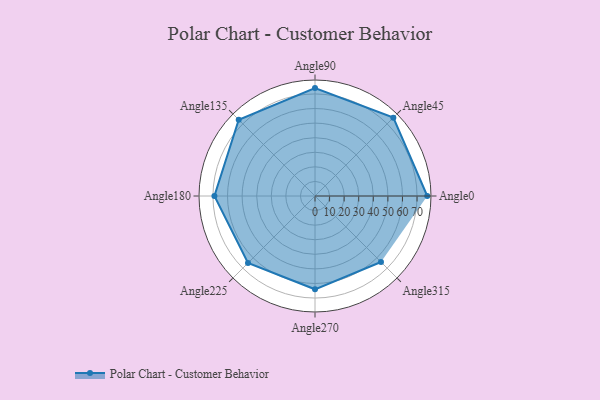
{"axis": {"x": "Angle", "y": "Radius"}, "legend": [""], "data": [{"x": "Angle0", "y": 77.0, "type": ""}, {"x": "Angle45", "y": 76.0, "type": ""}, {"x": "Angle90", "y": 74.0, "type": ""}, {"x": "Angle135", "y": 74.0, "type": ""}, {"x": "Angle180", "y": 69.0, "type": ""}, {"x": "Angle225", "y": 65.0, "type": ""}, {"x": "Angle270", "y": 64.0, "type": ""}, {"x": "Angle315", "y": 64.0, "type": ""}]}